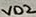
Text: V02